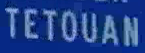
TETOUAN